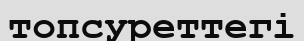
топсуреттегі